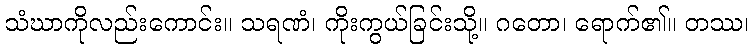
သံဃာကိုလည်းကောင်း။ သရဏံ၊ ကိုးကွယ်ခြင်းသို့။ ဂတော၊ ရောက်၏။ တဿ၊